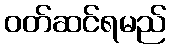
ဝတ်ဆင်ရမည်